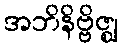
အဘိနိဗ္ဗိဇ္ဈ